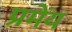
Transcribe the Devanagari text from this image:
प्रमेंय